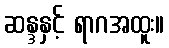
ဆန္ဒနှင့် ရာဂအထူး။